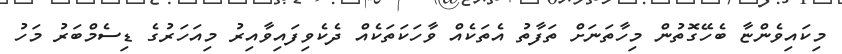
މިކައިވެންޏާ ބެހޭގޮތުން މިހާތަނަށް ތަފާތު އެތަކެއް ވާހަކަތަކެއް ދެކެވިފައިވާއިރު މިއަހަރުގެ ޑިސެމްބަރު މަހު